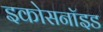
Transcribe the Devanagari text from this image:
इकोसनॉइड